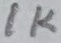
Text: 1K